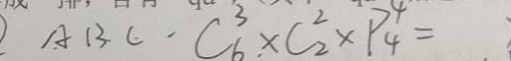
A B C \cdot C _ { 6 } ^ { 3 } \times C _ { 2 } ^ { 2 } \times P _ { 4 } ^ { 4 } =